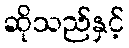
ဆိုသည်နှင့်